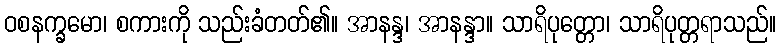
ဝစနက္ခမော၊ စကားကို သည်းခံတတ်၏။ အာနန္ဒ၊ အာနန္ဒာ။ သာရိပုတ္တော၊ သာရိပုတ္တရာသည်။